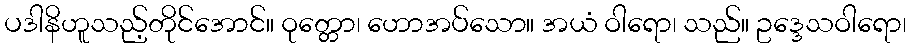
ပဒါနိဟူသည့်တိုင်အောင်။ ဝုတ္တော၊ ဟောအပ်သော။ အယံ ဝါရော၊ သည်။ ဥဒ္ဒေသဝါရော၊